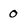
Character: 0